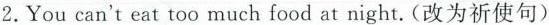
2.You can't eat too much food at night.(改为祈使句)